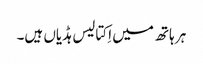
ہر ہاتھ میں اِکتالیس ہڈیاں ہیں۔